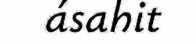
ásahit